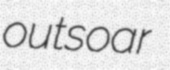
outsoar